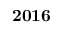
\bf { 2 0 1 6 }